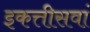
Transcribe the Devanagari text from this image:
इकत्तीसवां